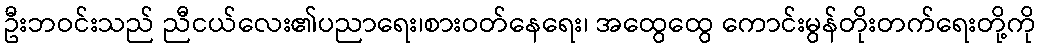
ဦးဘဝင်းသည် ညီငယ်လေး၏ပညာရေး၊စားဝတ်နေရေး၊ အထွေထွေ ကောင်းမွန်တိုးတက်ရေးတို့ကို